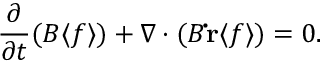
\frac { \partial } { \partial t } ( B \langle f \rangle ) + \nabla \cdot ( B \mathbf { \dot { r } } \langle f \rangle ) = 0 .